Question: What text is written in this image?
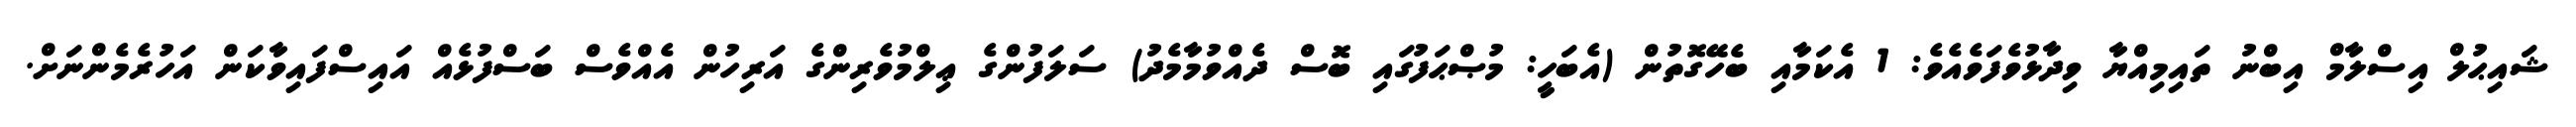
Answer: ޝައިޙުލް އިސްލާމް އިބްނު ތައިމިއްޔާ ވިދާޅުވެފަވެއެވެ: 1 އެކަމާއި ބެހޭގޮތުން (އެބަހީ: މުޞްޙަފުގައި ބޮސް ދެއްވުމާމެދު) ސަލަފުންގެ ޢިލްމުވެރިންގެ އަރިހުން އެއްވެސް ބަސްފުޅެއް އައިސްފައިވާކަން އަހުރެމެންނަށް.